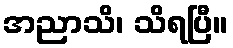
အညာသိ၊ သိရပြီ။